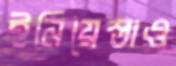
ইনিয়েস্তাও